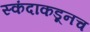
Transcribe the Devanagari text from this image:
स्कंदाकडूनच